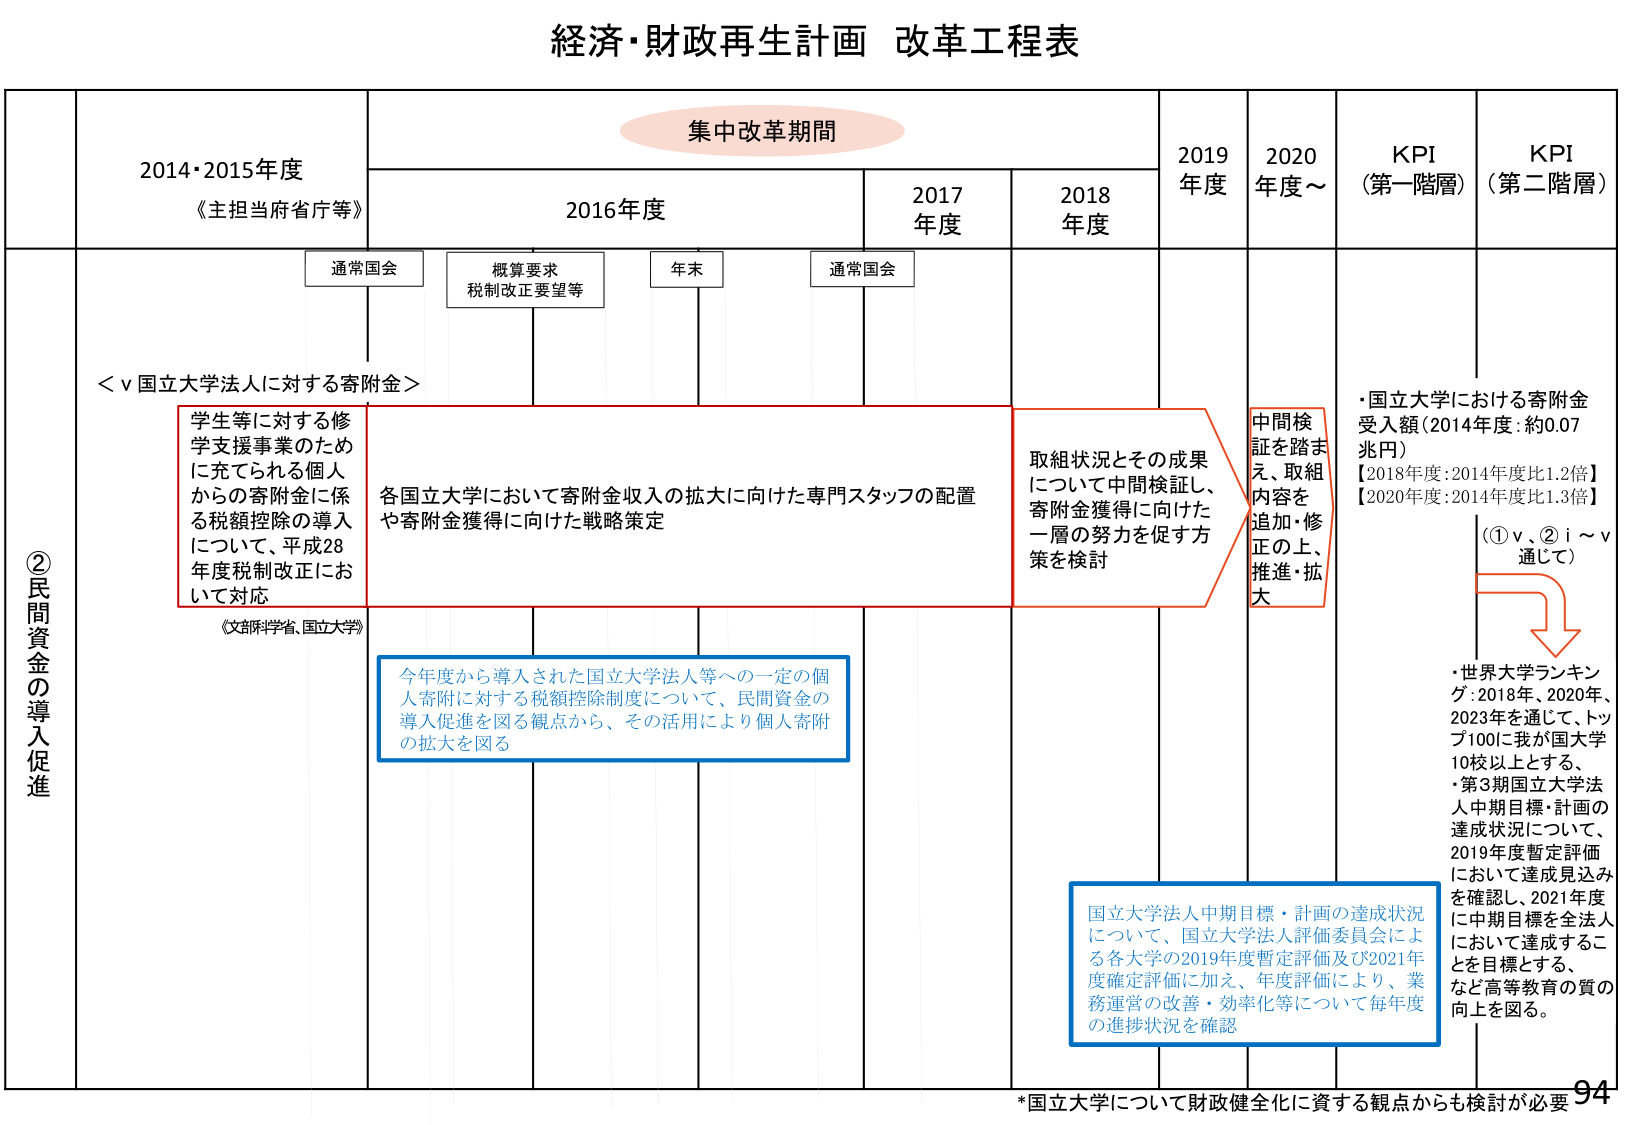
経済・財政再生計画 改革工程表

集中改革期間

2014・2015年度
《主担当府省庁等》

2016年度

2017年度

2018年度

2019年度

2020年度～

KPI（第一階層）

KPI（第二階層）

通常国会

概算要求
税制改正要望等

年末

通常国会

②民間資金の導入促進

＜ⅴ国立大学法人に対する寄附金＞

学生等に対する修学支援事業のため
に充てられる個人
からの寄附金に係
る税額控除の導入
について、平成28
年度税制改正にお
いて対応

各国立大学において寄附金収入の拡大に向けた専門スタッフの配置
や寄附金獲得に向けた戦略策定

取組状況とその成果
について中間検証し、
寄附金獲得に向けた
一層の努力を促す方
策を検討

中間検
証を踏ま
え、取組
内容を
追加・修
正の上、
推進・拡
大

・国立大学における寄附金
受入額（2014年度：約0.07
兆円）
【2018年度：2014年度比1.2倍】
【2020年度：2014年度比1.3倍】

（①ⅴ、②ⅰ～ⅴ
通じて）

→

・世界大学ランキング：2018年、2020年、
2023年を通じて、トップ100に我が国大学
10校以上とする、
・第3期国立大学法人中期目標・計画の
達成状況について、
2019年度暫定評価
において達成見込み
を確認し、2021年度
に中期目標を全法人
において達成することを目標とする。
など高等教育の質の
向上を図る。

《文部科学省、国立大学》

今年度から導入された国立大学法人等への一定の個人寄附に対する税額控除制度について、民間資金の導入促進を図る観点から、その活用により個人寄附の拡大を図る

国立大学法人中期目標・計画の達成状況について、国立大学法人評価委員会による各大学の2019年度暫定評価及び2021年度確定評価に加え、年度評価により、業務運営の改善・効率化等について毎年度の進捗状況を確認

*国立大学について財政健全化に資する観点からも検討が必要

94